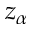
z _ { \alpha }